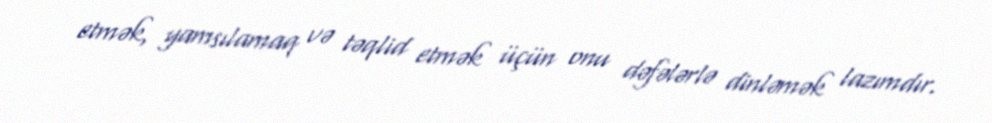
etmək, yamsılamaq və təqlid etmək üçün onu dəfələrlə dinləmək lazımdır.